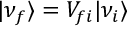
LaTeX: | \nu _ { f } \rangle = V _ { f i } | \nu _ { i } \rangle